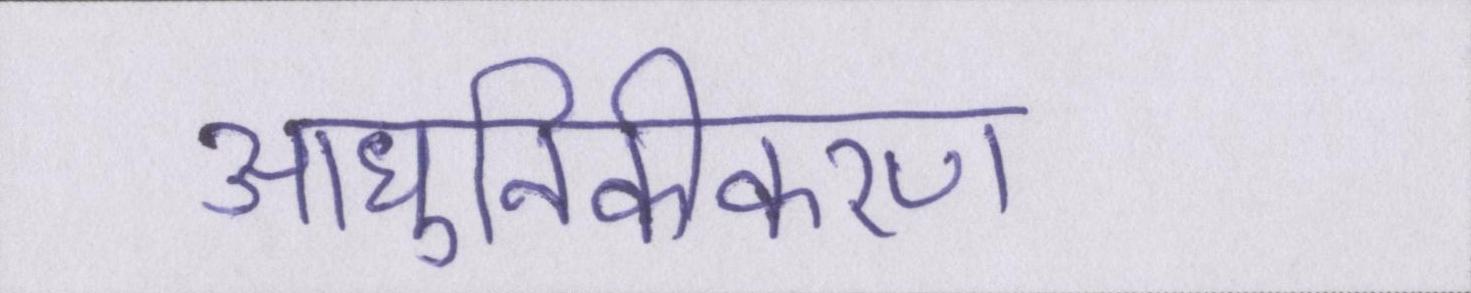
आधुनिकीकरण